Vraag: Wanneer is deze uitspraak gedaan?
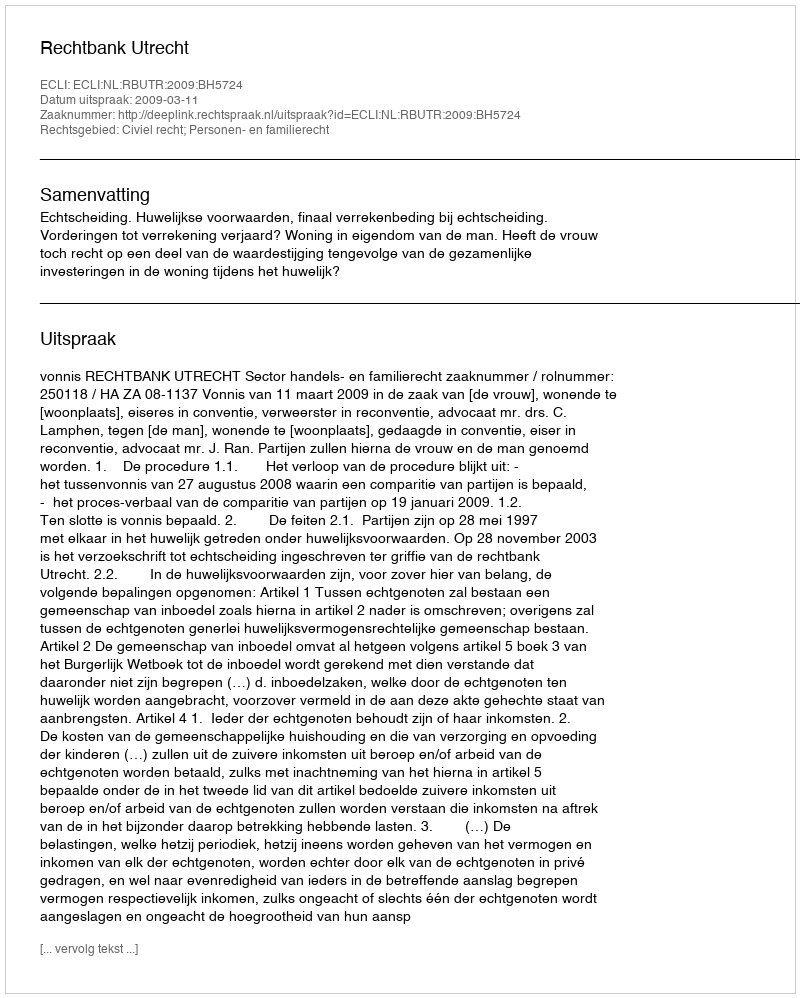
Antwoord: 2009-03-11